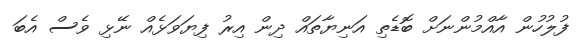
ފުލުހުން އާއްމުންނަށް ބޮޑެތި އަނިޔާތައް ދިން އިރު ފިޔަވަޅެއް ނޭޅި ވެސް އެބަ